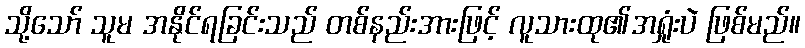
သို့သော် သူမ အနိုင်ရခြင်းသည် တစ်နည်းအားဖြင့် လူသားထု၏အရှုံးပဲ ဖြစ်မည်။